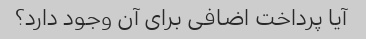
آیا پرداخت اضافی برای آن وجود دارد؟